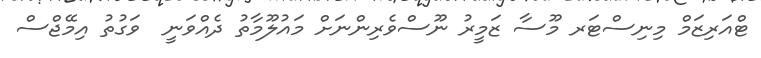
ޓްއަރިޒަމް މިނިސްޓަރ މޫސާ ޒަމީރު ނޫސްވެރިންނަށް މައުލޫމާތު ދެއްވަނީ  ވަގުތު އިމޭޖްސް